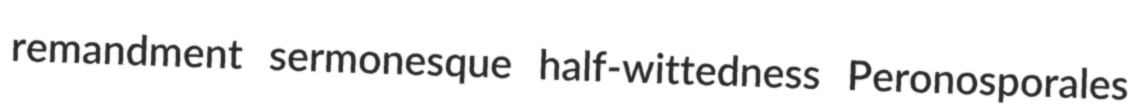
remandment sermonesque half-wittedness Peronosporales